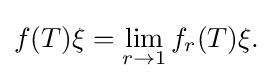
\displaystyle {f(T)\xi =\lim _{r\rightarrow 1}f_{r}(T)\xi .}